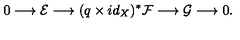
0 \longrightarrow \mathcal { E } \longrightarrow ( q \times i d _ { X } ) ^ { * } \mathcal { F } \longrightarrow \mathcal { G } \longrightarrow 0 .